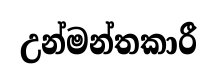
උන්මන්තකාරී